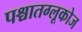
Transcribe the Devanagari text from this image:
पश्चातग्लूकोज